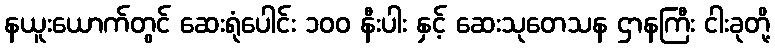
နယူးယောက်တွင် ဆေးရုံပေါင်း ၁၀၀ နီးပါး နှင့် ဆေးသုတေသန ဌာနကြီး ငါးခုတို့